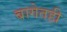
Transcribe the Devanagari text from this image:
बागेतही